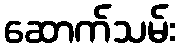
ဆောက်သမ်း